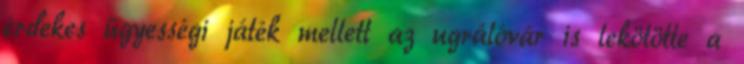
érdekes ügyességi játék mellett az ugrálóvár is lekötötte a